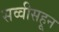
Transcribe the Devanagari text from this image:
सव्वीसहून